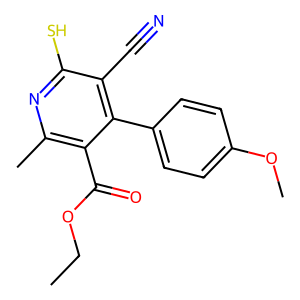
SMILES: CCOC(=O)c1c(C)nc(S)c(C#N)c1-c1ccc(OC)cc1
Inhibits HIV replication: No